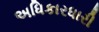
અધિકારધારી